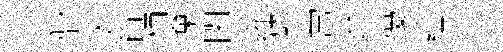
偕太箇柄棄閑雍鞾常迨優藴